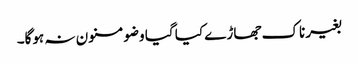
بغیر ناک جھاڑے کیا گیا وضو مسنون نہ ہوگا۔